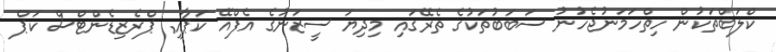
ކްލަބްތަކުން ހިތްހަމަނުޖެހުނު ސަބަބުތަކުގެ ތެރޭގައި މިދިޔަ ސީޒަނުގެ އެފްއޭ ކަޕާއި